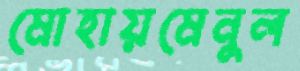
মোহায়মেনুল